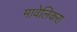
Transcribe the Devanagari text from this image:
मावेलिकरा